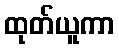
ထုတ်ယူကာ